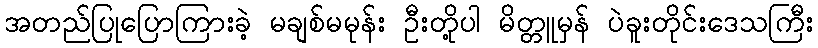
အတည်ပြုပြောကြားခဲ့ မချစ်မမုန်း ဦးတို့ပါ မိတ္တူမှန် ပဲခူးတိုင်းဒေသကြီး